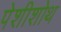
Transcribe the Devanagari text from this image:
पेशीशोथ